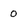
Character: 0